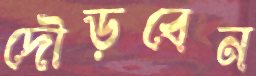
দৌড়বেন